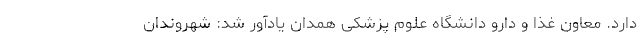
دارد. معاون غذا و دارو دانشگاه علوم پزشکی همدان یادآور شد: شهروندان